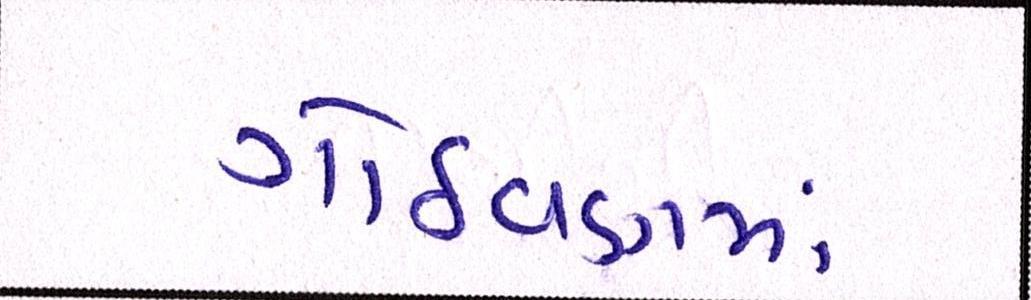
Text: ગોઠવણમાં